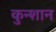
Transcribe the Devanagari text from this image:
कुन्शान